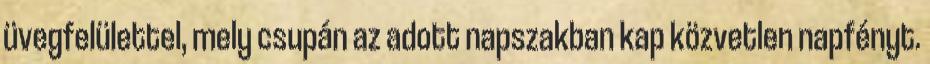
üvegfelülettel, mely csupán az adott napszakban kap közvetlen napfényt.